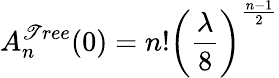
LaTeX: A_{n}^{\mathscr{T}ree}(0)=n!\left({\frac{{\lambda}}{{8}}}\right)^{\frac{{n-1}}{{2}}}